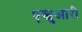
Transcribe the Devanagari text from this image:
एस्चुआरी